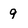
Character: 9